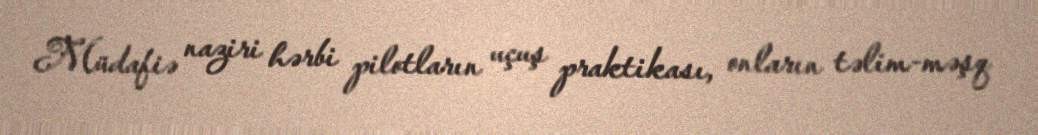
Müdafiə naziri hərbi pilotların uçuş praktikası, onların təlim-məşq